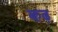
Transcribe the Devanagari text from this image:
कढ़